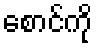
စောင်ကို